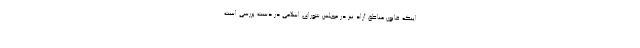
اینکه قانون مناطق آزاد نیز در مجلس شورای اسلامی در دست بررسی است.